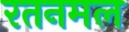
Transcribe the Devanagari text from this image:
रतनमल